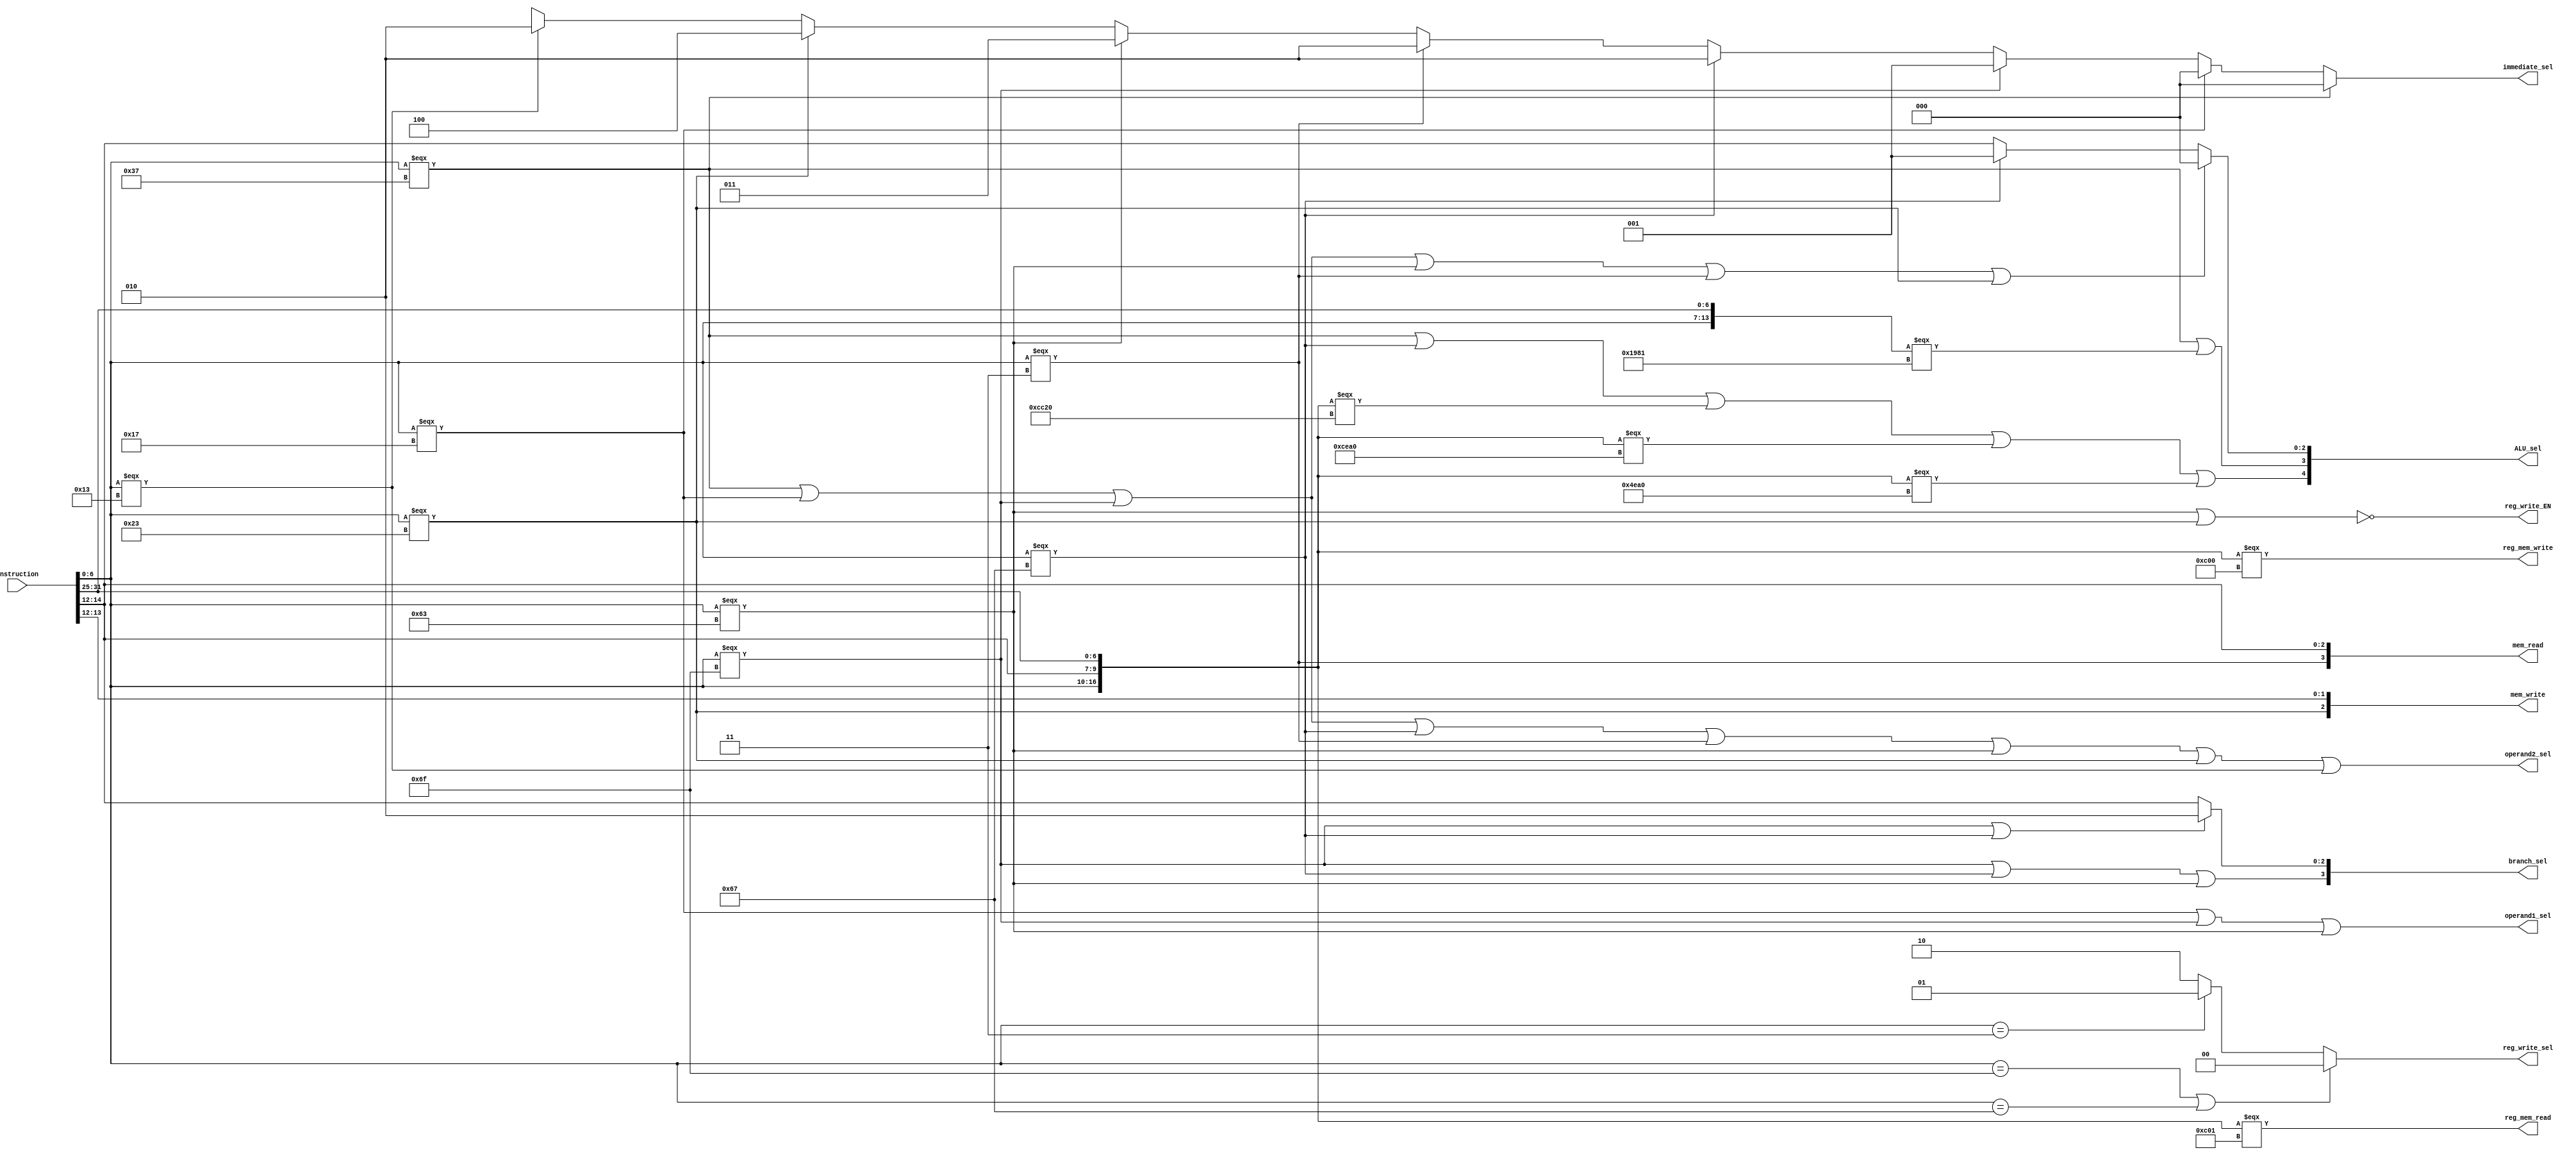
/////////////////////////////////////////////
// Advanced Computer Architecture (CO502)  //
// Design : Control Unit Module            // 
// Group  : 2                              //
/////////////////////////////////////////////


`timescale 1ns/100ps


module control_unit (
    Instruction, ALU_sel, reg_write_EN, 
    mem_write, mem_read, branch_sel, 
    immediate_sel, operand1_sel, operand2_sel, 
    reg_write_sel, reg_mem_write, reg_mem_read
);

    // Define input ports
    input [31:0] Instruction;
    
    // Define output ports
    output [4:0] ALU_sel;
    output [3:0] mem_read;
    output [2:0] mem_write;
    output [3:0] branch_sel;
    output [2:0] immediate_sel;
    output [1:0] reg_write_sel;
    output reg_write_EN, operand1_sel, operand2_sel, reg_mem_write, reg_mem_read;

    // Instruction control segments
    wire [6:0] opcode;
    wire [6:0] funct7;
    wire [2:0] funct3;

    // Extract the control segments
    assign opcode = Instruction[6:0];
    assign funct3 = Instruction[14:12];
    assign funct7 = Instruction[31:25];

    /////////////////////////////////////////////////////////////////
    // Check point instructions

    // func7 = 7'b0000011
    // opcode 7'0000000 / 7'0000001
    // func3 = 3'000

    // Write from reg_file -> 32' 00000110 00000000 00000000 00000000
    // Write to reg_file   -> 32' 00000110 00000000 00000000 00000001
    assign #1 reg_mem_write = ({opcode, funct3, funct7} === {7'b0000011, 3'b000, 7'b0000000});
    assign #1 reg_mem_read  = ({opcode, funct3, funct7} === {7'b0000011, 3'b000, 7'b0000001});
 
    // Register write enable signal
    // Set for all instructions other than BRANCH and STORE
    assign #1 reg_write_EN = ~(
        (opcode === 7'b1100011) |   // BRANCH
        (opcode === 7'b0100011)     // STORE
    );


    // Immediate select signal 
    assign #1 immediate_sel = 
        (opcode === 7'b0110111) ? 3'b000 :      // LUI (U-type)
        (opcode === 7'b0010111) ? 3'b000 :      // AUIPC (U-type)
        (opcode === 7'b1101111) ? 3'b001 :      // JAL (J-type)
        (opcode === 7'b1100111) ? 3'b010 :      // JALR (I-type)
        (opcode === 7'b0000011) ? 3'b010 :      // LOAD (I-type)
        (opcode === 7'b1100011) ? 3'b011 :      // BRANCH (B-type)
        (opcode === 7'b0100011) ? 3'b100 :      // STORE (S-type)
        (opcode === 7'b0010011) ? 3'b010 : 3'bxxx;     // All other I-type (ADDI, ANDI, ORI, etc...)


    // OPERAND MUX select signals
    // Set operand1 to PC for these instructions
    assign #1 operand1_sel =
        (opcode === 7'b0010111) |   // AUIPC
        (opcode === 7'b1101111) |   // JAL
        (opcode === 7'b1100011);    // BRANCH

    // Set operand2 to Immeadiate for these instructions
    assign #1 operand2_sel = 
        (opcode === 7'b0110111) |   // LUI
        (opcode === 7'b0010111) |   // AUIPC
        (opcode === 7'b1101111) |   // JAL
        (opcode === 7'b1100111) |   // JALR
        (opcode === 7'b0000011) |   // LOAD
        (opcode === 7'b1100011) |   // BRANCH
        (opcode === 7'b0100011) |   // STORE
        (opcode === 7'b0010011);    // All other I-type (ADDI, ANDI, ORI, etc...) 

    // ALU function  select signal
    assign #1 ALU_sel[2:0] = 
        (
            // Force selection of ADD function
            (opcode === 7'b0110111) |   // LUI
            (opcode === 7'b0010111) |   // AUIPC
            (opcode === 7'b1101111) |   // JAL
            (opcode === 7'b1100011) |   // BRANCH
            (opcode === 7'b0000011) |   // LOAD
            (opcode === 7'b0100011)     // STORE
        ) ? 3'b000 :
        (opcode === 7'b1100111) ? // JALR (Force selection of JTARGET function)
            3'b001 : funct3;    // All other instructions use funct3 as is

    assign #1 ALU_sel[3] =
        (opcode === 7'b0110111) |       // LUI
        ({opcode, funct7} === {7'b0110011, 7'b0000001});    // RV32M

    assign #1 ALU_sel[4] =
        (opcode === 7'b0110111) |       // LUI
        (opcode === 7'b1100111) |       // JALR
        ({opcode, funct3, funct7} === {7'b0110011, 3'b000, 7'b0100000}) |   // SUB
        ({opcode, funct3, funct7} === {7'b0110011, 3'b101, 7'b0100000}) |   // SRA
        ({opcode, funct3, funct7} === {7'b0010011, 3'b101, 7'b0100000});    // SRAI

    
    // Branch Control Unit select signal
    // MSB of BRANCH_CTRL must be set for branch/jump instructions
    assign #1 branch_sel[3] = 
        (opcode === 7'b1101111) |   // JAL
        (opcode === 7'b1100111) |   // JALR
        (opcode === 7'b1100011);    // BRANCH

    // Lower bits are set to 010 for JUMP instructions
    // and FUNCT3 for other instructions
    assign #1 branch_sel[2:0] = 
        ((opcode === 7'b1101111) || (opcode === 7'b1100111)) ?      // JAL, JALR
            3'b010 : funct3;


    // Data memory control signals
    // Data memory read signal
    assign #1 mem_write[2] = (opcode === 7'b0100011);   // Set MSB for STORE instructions
    assign #1 mem_write[1:0] = funct3[1:0];     // Lower bits are derived from FUNCT3

    // Data memory write signal
    assign #1 mem_read[3] = (opcode === 7'b0000011);    // Set MSB for LOAD instructions
    assign #1 mem_read[2:0] = funct3;   // Lower bits are derived from FUNCT3


    // Writeback value select signal
    assign #1 reg_write_sel = 
        ((opcode == 7'b1101111) | (opcode == 7'b1100111)) ? 2'b00 :   // JAL, JALR (PC)
        (opcode == 7'b0000011) ? 2'b01 :        // LOAD (Mem output)
        2'b10;      // Everything else (ALU output)


endmodule